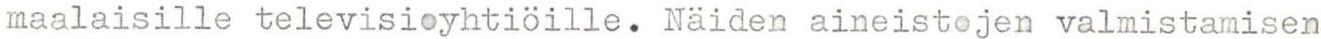
maalaisille televisioyhtiöille. Näiden aineistojen valmistamisen